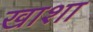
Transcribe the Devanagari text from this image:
खाशा